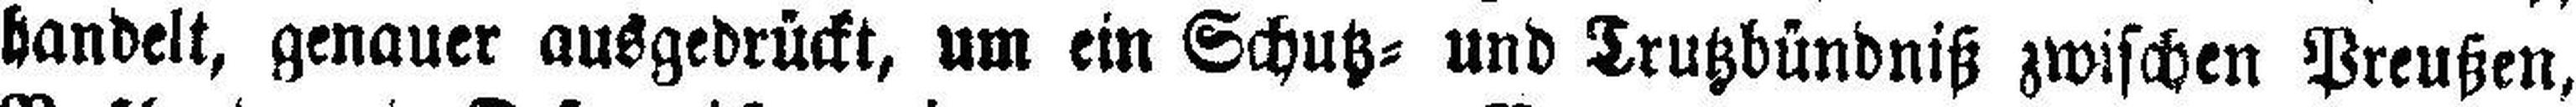
handelt, genauer ausgedrückt, um ein Schutz= und Trutzbündniß zwischen Preußen,